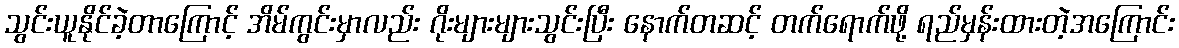
သွင်းယူနိုင်ခဲ့တာကြောင့် အိမ်ကွင်းမှာလည်း ဂိုးများများသွင်းပြီး နောက်တဆင့် တက်ရောက်ဖို့ ရည်မှန်းထားတဲ့အကြောင်း